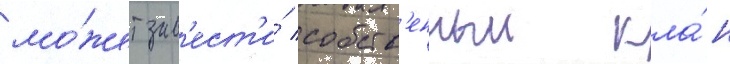
мо́жет зав'ест'и́ собств'енныи кла́н